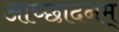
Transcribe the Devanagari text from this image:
आच्छादनम्‌